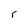
Character: r